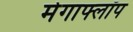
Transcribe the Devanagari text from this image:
मेगाफ्लॉप